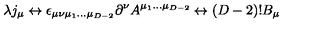
\lambda j _ { \mu } \leftrightarrow \epsilon _ { \mu \nu \mu _ { 1 } . . . \mu _ { D - 2 } } \partial ^ { \nu } A ^ { \mu _ { 1 } . . . \mu _ { D - 2 } } \leftrightarrow ( D - 2 ) ! B _ { \mu }